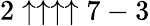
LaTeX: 2\uparrow\uparrow\uparrow\uparrow 7-3